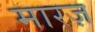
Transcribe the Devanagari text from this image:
मारज़